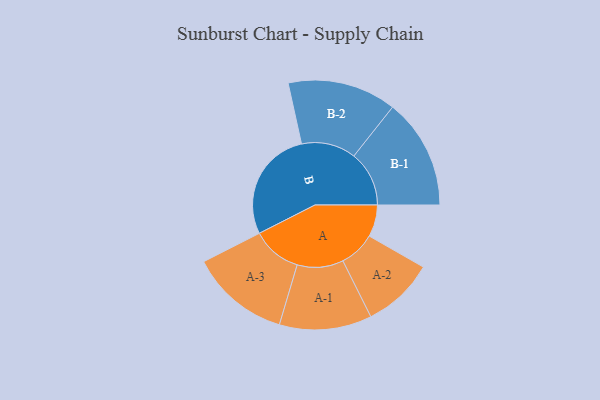
{"axis": {"x": "Segment", "y": "Value"}, "legend": ["", "A", "B"], "data": [{"x": "A", "y": 116, "type": ""}, {"x": "B", "y": 407, "type": ""}, {"x": "A-1", "y": 168, "type": "A"}, {"x": "A-2", "y": 131, "type": "A"}, {"x": "A-3", "y": 181, "type": "A"}, {"x": "B-1", "y": 201, "type": "B"}, {"x": "B-2", "y": 198, "type": "B"}]}